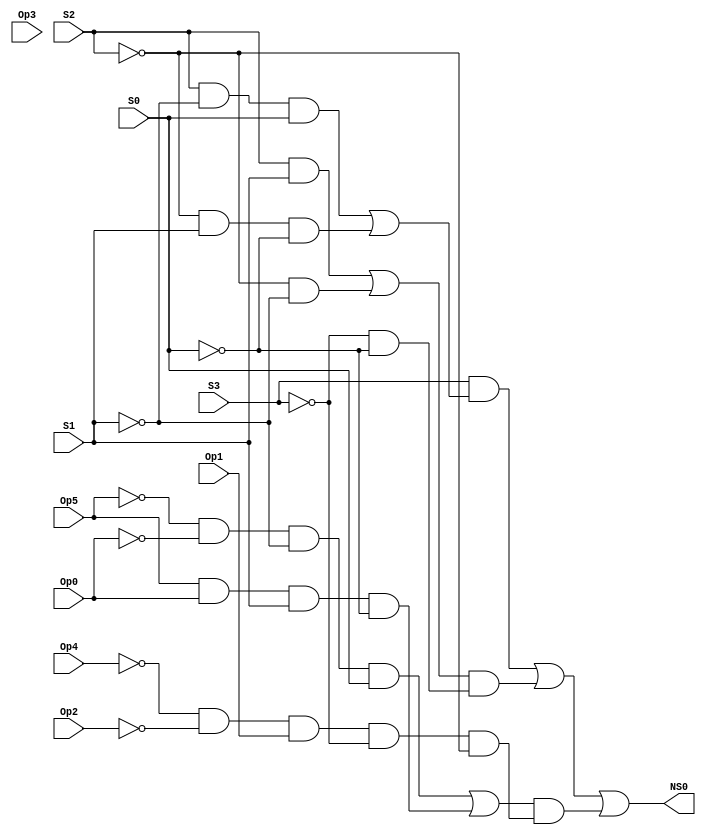
// This program was cloned from: https://github.com/FIUSCIS-CDA/CPU_MultiCycle
// License: MIT License

// Copyright (C) 2020  Intel Corporation. All rights reserved.
// Your use of Intel Corporation's design tools, logic functions 
// and other software and tools, and any partner logic 
// functions, and any output files from any of the foregoing 
// (including device programming or simulation files), and any 
// associated documentation or information are expressly subject 
// to the terms and conditions of the Intel Program License 
// Subscription Agreement, the Intel Quartus Prime License Agreement,
// the Intel FPGA IP License Agreement, or other applicable license
// agreement, including, without limitation, that your use is for
// the sole purpose of programming logic devices manufactured by
// Intel and sold by Intel or its authorized distributors.  Please
// refer to the applicable agreement for further details, at
// https://fpgasoftware.intel.com/eula.

// PROGRAM		"Quartus Prime"
// VERSION		"Version 20.1.1 Build 720 11/11/2020 SJ Lite Edition"
// CREATED		"Mon Aug 15 11:16:31 2022"

module NS0(
	Op5,
	Op4,
	Op3,
	Op2,
	Op1,
	Op0,
	S3,
	S2,
	S1,
	S0,
	NS0
);


input wire	Op5;
input wire	Op4;
input wire	Op3;
input wire	Op2;
input wire	Op1;
input wire	Op0;
input wire	S3;
input wire	S2;
input wire	S1;
input wire	S0;
output wire	NS0;

wire	SYNTHESIZED_WIRE_31;
wire	SYNTHESIZED_WIRE_1;
wire	SYNTHESIZED_WIRE_2;
wire	SYNTHESIZED_WIRE_32;
wire	SYNTHESIZED_WIRE_4;
wire	SYNTHESIZED_WIRE_5;
wire	SYNTHESIZED_WIRE_6;
wire	SYNTHESIZED_WIRE_7;
wire	SYNTHESIZED_WIRE_33;
wire	SYNTHESIZED_WIRE_9;
wire	SYNTHESIZED_WIRE_34;
wire	SYNTHESIZED_WIRE_11;
wire	SYNTHESIZED_WIRE_12;
wire	SYNTHESIZED_WIRE_13;
wire	SYNTHESIZED_WIRE_14;
wire	SYNTHESIZED_WIRE_19;
wire	SYNTHESIZED_WIRE_20;
wire	SYNTHESIZED_WIRE_21;
wire	SYNTHESIZED_WIRE_22;
wire	SYNTHESIZED_WIRE_23;
wire	SYNTHESIZED_WIRE_24;
wire	SYNTHESIZED_WIRE_28;
wire	SYNTHESIZED_WIRE_29;
wire	SYNTHESIZED_WIRE_30;




assign	SYNTHESIZED_WIRE_1 =  ~Op5;

assign	SYNTHESIZED_WIRE_6 =  ~Op4;

assign	SYNTHESIZED_WIRE_5 = Op5 & Op0 & S1 & SYNTHESIZED_WIRE_31;

assign	SYNTHESIZED_WIRE_4 = SYNTHESIZED_WIRE_1 & SYNTHESIZED_WIRE_2 & SYNTHESIZED_WIRE_32 & S0;

assign	SYNTHESIZED_WIRE_11 = SYNTHESIZED_WIRE_4 | SYNTHESIZED_WIRE_5;

assign	SYNTHESIZED_WIRE_9 = SYNTHESIZED_WIRE_6 & SYNTHESIZED_WIRE_7 & Op1 & SYNTHESIZED_WIRE_33;

assign	SYNTHESIZED_WIRE_12 = SYNTHESIZED_WIRE_9 & SYNTHESIZED_WIRE_34;

assign	SYNTHESIZED_WIRE_14 = SYNTHESIZED_WIRE_11 & SYNTHESIZED_WIRE_12;

assign	NS0 = SYNTHESIZED_WIRE_13 | SYNTHESIZED_WIRE_14;

assign	SYNTHESIZED_WIRE_20 = SYNTHESIZED_WIRE_34 & SYNTHESIZED_WIRE_32;

assign	SYNTHESIZED_WIRE_19 = S2 & S1;

assign	SYNTHESIZED_WIRE_22 = SYNTHESIZED_WIRE_33 & SYNTHESIZED_WIRE_31;


assign	SYNTHESIZED_WIRE_21 = SYNTHESIZED_WIRE_19 | SYNTHESIZED_WIRE_20;

assign	SYNTHESIZED_WIRE_24 = SYNTHESIZED_WIRE_21 & SYNTHESIZED_WIRE_22;

assign	SYNTHESIZED_WIRE_13 = SYNTHESIZED_WIRE_23 | SYNTHESIZED_WIRE_24;

assign	SYNTHESIZED_WIRE_29 = S2 & SYNTHESIZED_WIRE_32 & S0;

assign	SYNTHESIZED_WIRE_30 = SYNTHESIZED_WIRE_34 & S1 & SYNTHESIZED_WIRE_31;

assign	SYNTHESIZED_WIRE_23 = S3 & SYNTHESIZED_WIRE_28;

assign	SYNTHESIZED_WIRE_28 = SYNTHESIZED_WIRE_29 | SYNTHESIZED_WIRE_30;

assign	SYNTHESIZED_WIRE_7 =  ~Op2;

assign	SYNTHESIZED_WIRE_2 =  ~Op0;

assign	SYNTHESIZED_WIRE_33 =  ~S3;

assign	SYNTHESIZED_WIRE_34 =  ~S2;

assign	SYNTHESIZED_WIRE_32 =  ~S1;

assign	SYNTHESIZED_WIRE_31 =  ~S0;



endmodule